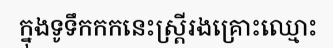
ក្នុងទូទឹកកកនេះស្ត្រីរងគ្រោះឈ្មោះ